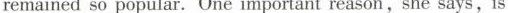
remained so popular. One important reason, she says,is